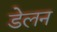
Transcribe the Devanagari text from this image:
डेलन